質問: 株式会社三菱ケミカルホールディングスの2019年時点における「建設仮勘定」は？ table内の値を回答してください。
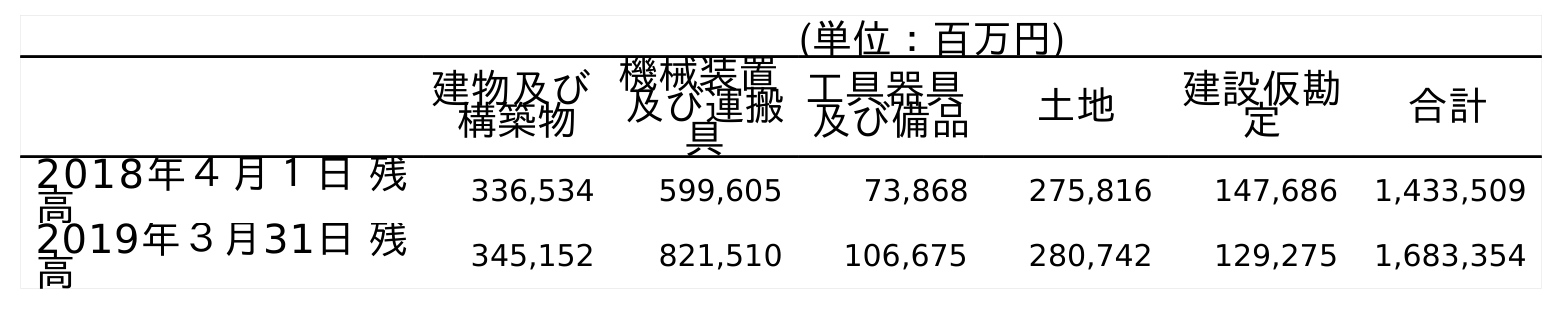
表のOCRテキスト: (単位：百万円) 建物及び 構築物 機械装置 及び運搬 具 工具器具 及び備品 土地 建設仮勘 定 合計 2018年４月１日 残 高 336,534 599,605 73,868 275,816 147,686 1,433,509 2019年３月31日 残 高 345,152 821,510 106,675 280,742 129,275 1,683,354
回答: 129,275